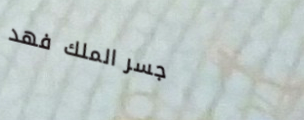
جسر الملك فهد